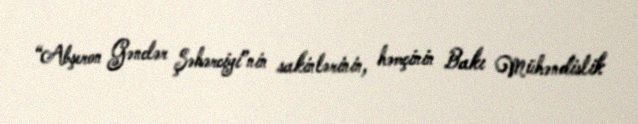
“Abşeron Gənclər Şəhərciyi”nin sakinlərinin, həmçinin Bakı Mühəndislik